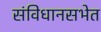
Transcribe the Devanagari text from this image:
संविधानसभेत